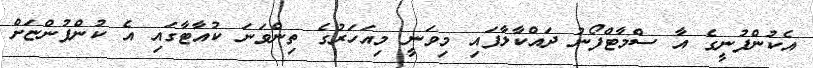
އެކުންފުނީގެ އާ ސްމާޓްފޯނު ދައްކާލާފައި މިވަނީ މިއަހަރުގެ ތިންވަނަ ކުއާޓާގައި އެ ކުންފުންޏަށް